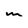
Character: m